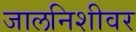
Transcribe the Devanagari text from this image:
जालनिशीवर